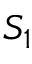
S _ { 1 }